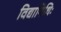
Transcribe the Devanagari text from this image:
विद्यानिधिः